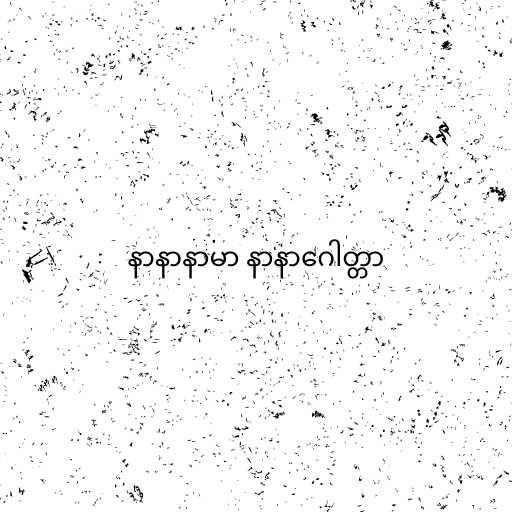
နာနာနာမာ နာနာဂေါတ္တာ